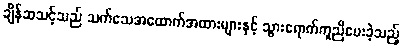
ချိန်ဆသင့်သည် သက်သေအထောက်အထားများနှင့် သွားရောက်ကူညီပေးခဲ့သည့်